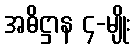
အဓိဋ္ဌာန ၄-မျိုး